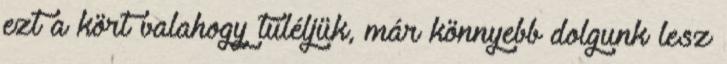
ezt a kört valahogy túléljük, már könnyebb dolgunk lesz